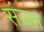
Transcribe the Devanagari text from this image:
संजम